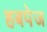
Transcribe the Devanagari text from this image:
हबपेज